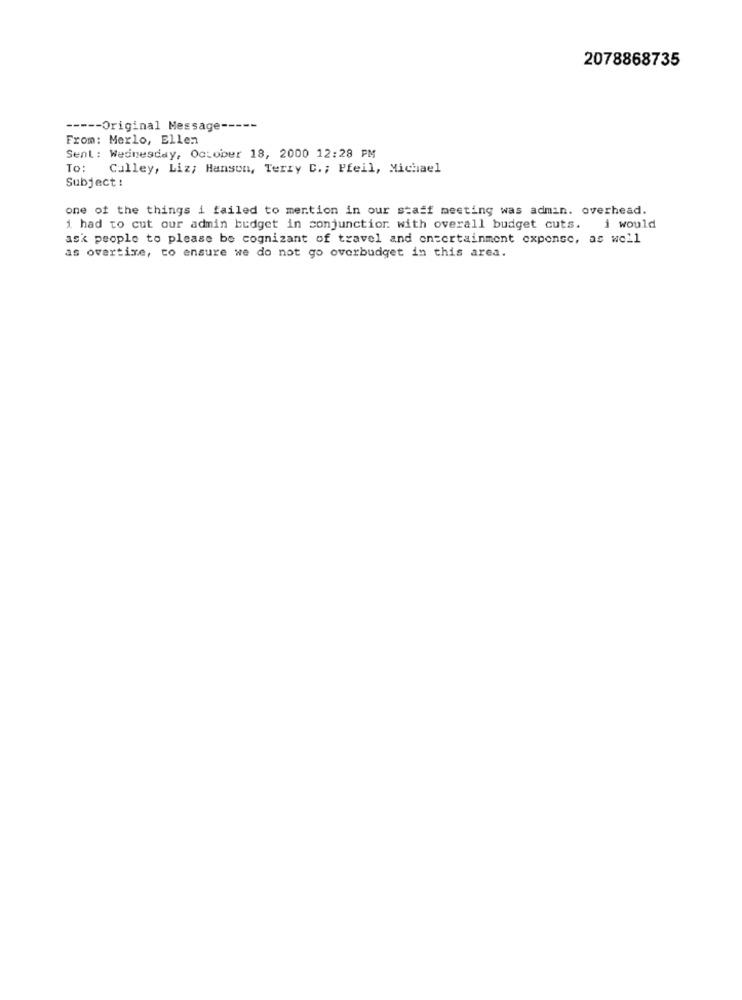
2078868735
----- Original Message -----
From: Merlo, Ellen
Sent: Wednesday, October 18, 2000 12:28 PM
To: Culley, Liz; Hanson, Terry C .; Pfeil, Michael
Subject !
one of the things i failed to mention in our staff meeting was admin. overhead.
i had to cut our admin budget in conjunction with overall budget cuts. i would
ask people to please be cognizant of travel and entertainment expense, as well
as overtixe, to ensure we do not go overbudget in this area.